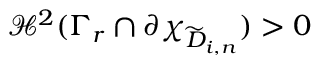
\mathcal H ^ { 2 } ( \Gamma _ { r } \cap \partial \chi _ { \widetilde { D } _ { i , n } } ) > 0